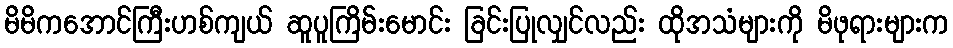
မိမိကအောင်ကြီးဟစ်ကျယ် ဆူပူကြိမ်းမောင်း ခြင်းပြုလျှင်လည်း ထိုအသံများကို မိဖုရားများက